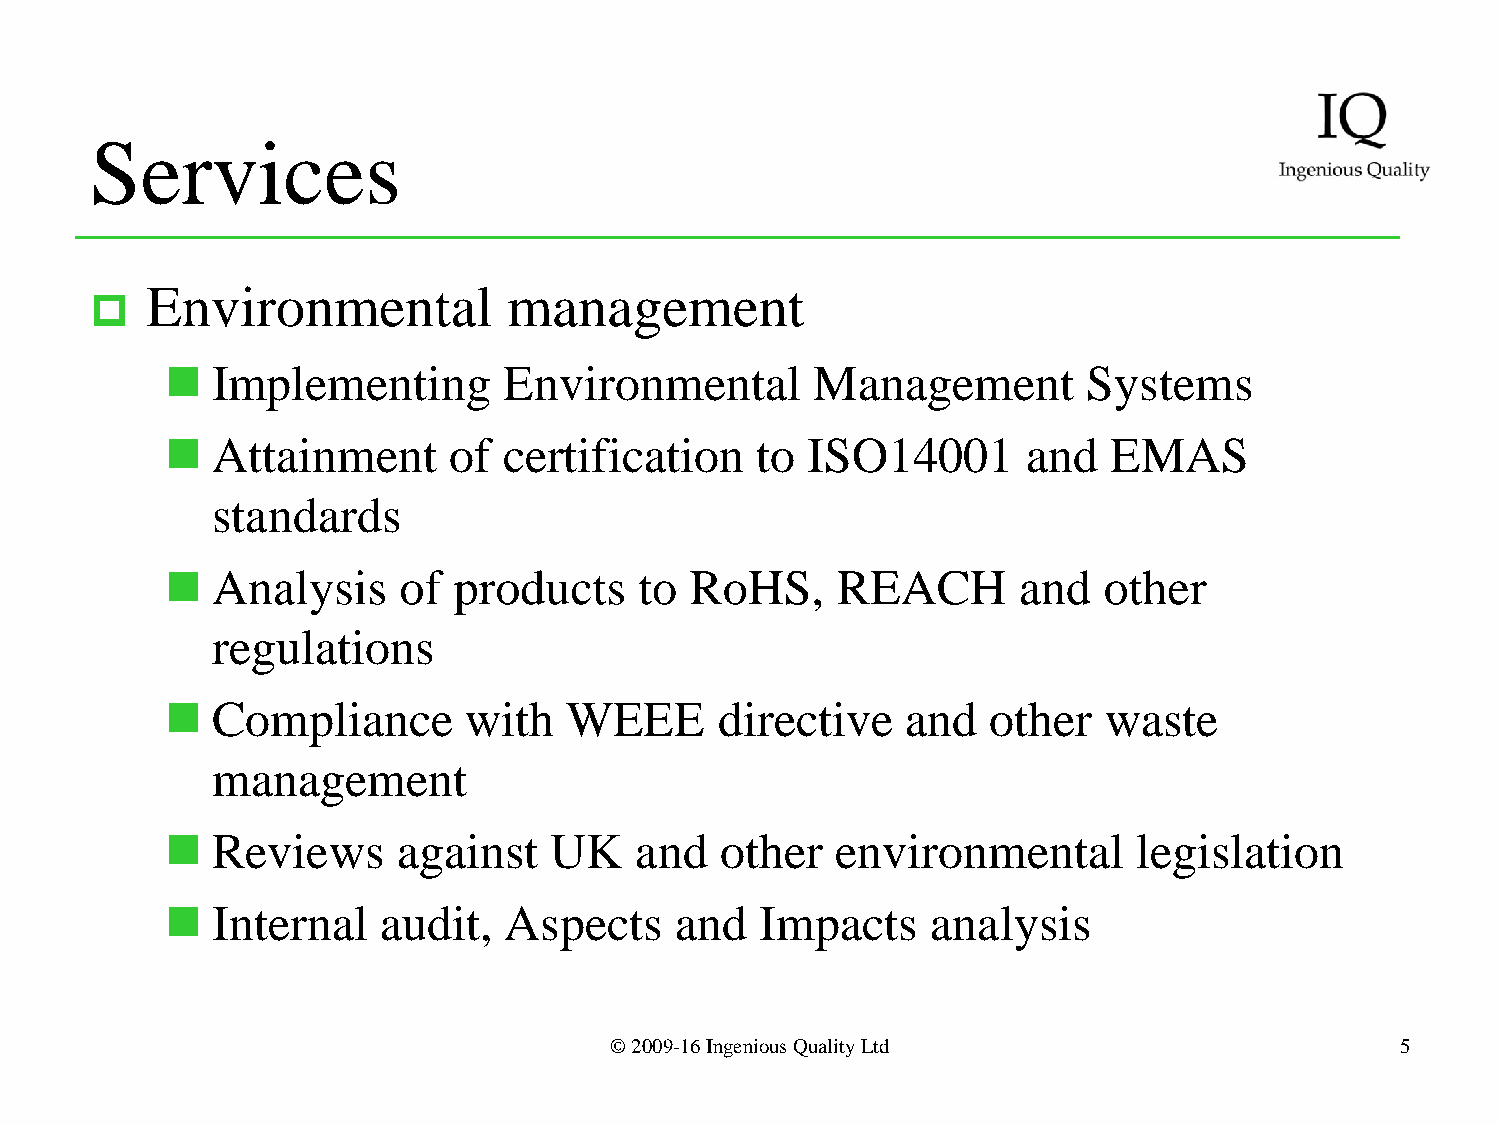
Services
 Environmental           management
 
   Implementing       Environmental        Management        Systems
   Attainment      of certification    to ISO14001       and   EMAS
 standards
   Analysis    of  products    to  RoHS,    REACH       and   other
 regulations
   Compliance       with   WEEE      directive   and   other  waste
 management
   Reviews     against   UK    and   other  environmental       legislation
   Internal   audit,  Aspects     and  Impacts     analysis
 © 2009-16 Ingenious Quality Ltd                      5